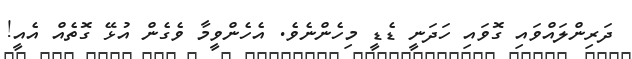
ދަރިންލައްވައި ގޮވައި ހަދަނީ ޑެޑީ މިހެންނެވެ. އެހެންވީމާ ވެގެން އުޅޭ ގޮތެއް އެއީ!